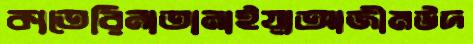
কাতেরিনাতানাইয়াআজীমউদ